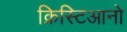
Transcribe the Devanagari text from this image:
क्रिस्टिआनो